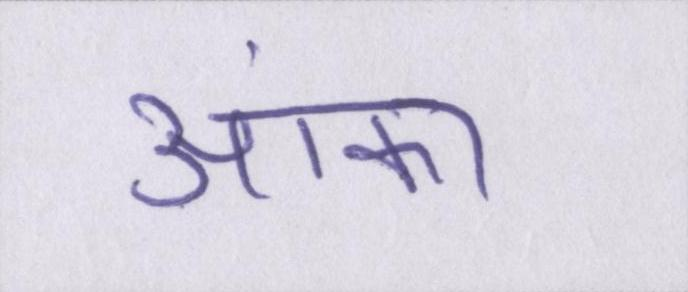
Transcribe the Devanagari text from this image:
आंका